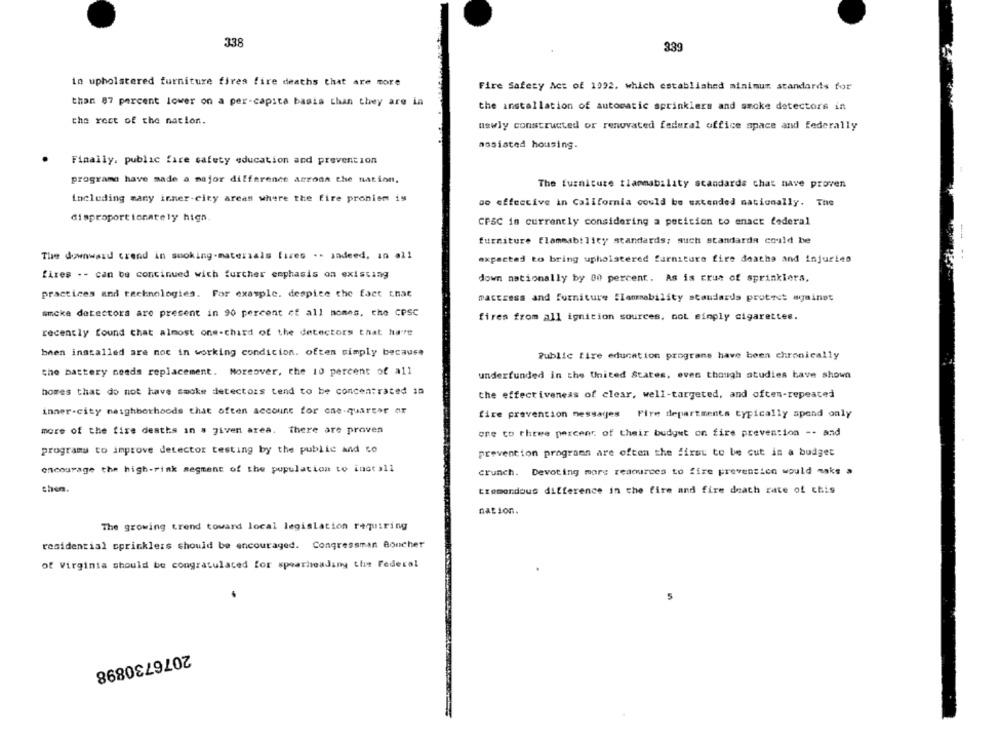
338
339
in upholstered furniture fires fire deaths that are more
Fire Safety Act of 1992. which established minimum standards for
than 87 percent lower on a per-capita basia than they are in
the installation of automatic sprinklers and smoke detectors in
the rest of the nation.
uswly constructed or renovated federal office space and federally
nosisted housing.
Finally. public fire safety education and prevention
programa have made a major difference across the nation,
The furniture tlapmability scandards chat nave proven
including many inner-city areas where the fire proniem is
Do effective in California could be extended nationally. The
disproportionately high
CPSC is currently considering a petition to enact federal
--
furniture flammability standards; such standarda could be
The downward crend in smoking-materials fires .- jadeed, in all
expected to bring upholstered furniture fire deaths and injuries
fires -- can be continued wich further emphasis on existing
down nationally by 00 percent. As is Erus of sprinklers.
practices and technologies. For example. despite the fact that
mattress and furniture flammability standards protect against
smoke detectors are present in 90 percent of all nomes. the CPSC
fires from all ignition sources, not simply cigarettes.
recently found that almost one-chard of the detectors that hare
been installed are not in working condicion. often simply because
Public fire education programs have been chronically
the battery needs replacement. Moreover, the 10 percent of all
underfunded in the United States, even though studies have shown
homes that do not have smoke detectors tend to be concentrated in
the effectiveness of clear, well-targeted, and often-repeated
inner-city neighborhoods that often account for one-quarter or
fire prevention messages Fire departments typically spend only
more of the fire deaths in . given area. There are proven
one to thewe percent of their budget on fire prevention -- and
programs to improve detector testing by the public and Lo
prevention prograen are often the first to be cut in a budget
encourage the high-rink segment of the population to install
crunch. Devoting more resources to fire prevention would make a
then.
tremendous difference in the fire and fire death rate of this
nation.
The growing trend toward local legislation requiring
residential sprinklers should be encouraged. Congressman Boucher
of Virginia should be congratulated for spearheading the Federal
2076730898